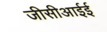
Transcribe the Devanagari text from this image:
जीसीआईई